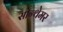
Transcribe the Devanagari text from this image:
सोन्थेमर